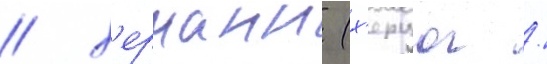
/ х'ерманн (х'ерцог /